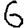
Digit: 6